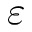
\varepsilon